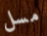
مسل